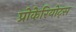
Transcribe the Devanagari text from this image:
प्रोकेरियोट्स